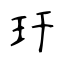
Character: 玕